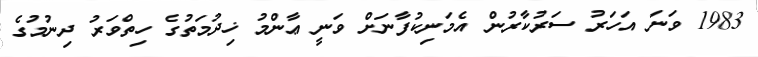
1983 ވަނަ އަހަރު ސަރުކާރުން އެމަނިކުފާނަށް ވަނީ ޢާންމު ޚިދުމަތުގެ ހިތްވަރު ދިނުމުގެ